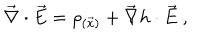
\vec { \nabla } \cdot \vec { E } = \rho _ { ( \vec { x } ) } + \vec { \nabla } h \cdot \vec { E } \ ,